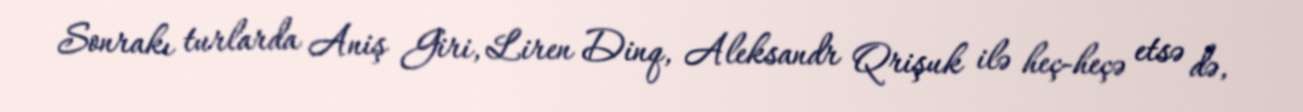
Sonrakı turlarda Aniş Giri, Liren Dinq, Aleksandr Qrişuk ilə heç-heçə etsə də,